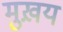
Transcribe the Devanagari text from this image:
मुख़य